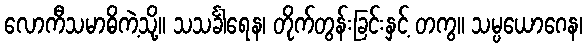
လောကီသမာဓိကဲ့သို့။ သသင်္ခါရေန၊ တိုက်တွန်းခြင်းနှင့် တကွ။ သမ္ပယောဂေန၊